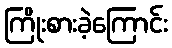
ကြိုးစားခဲ့ကြောင်း